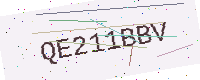
Text: QE211BBV